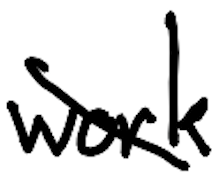
Text: work
Cross-out: diagonal
Writing tool: digital_black